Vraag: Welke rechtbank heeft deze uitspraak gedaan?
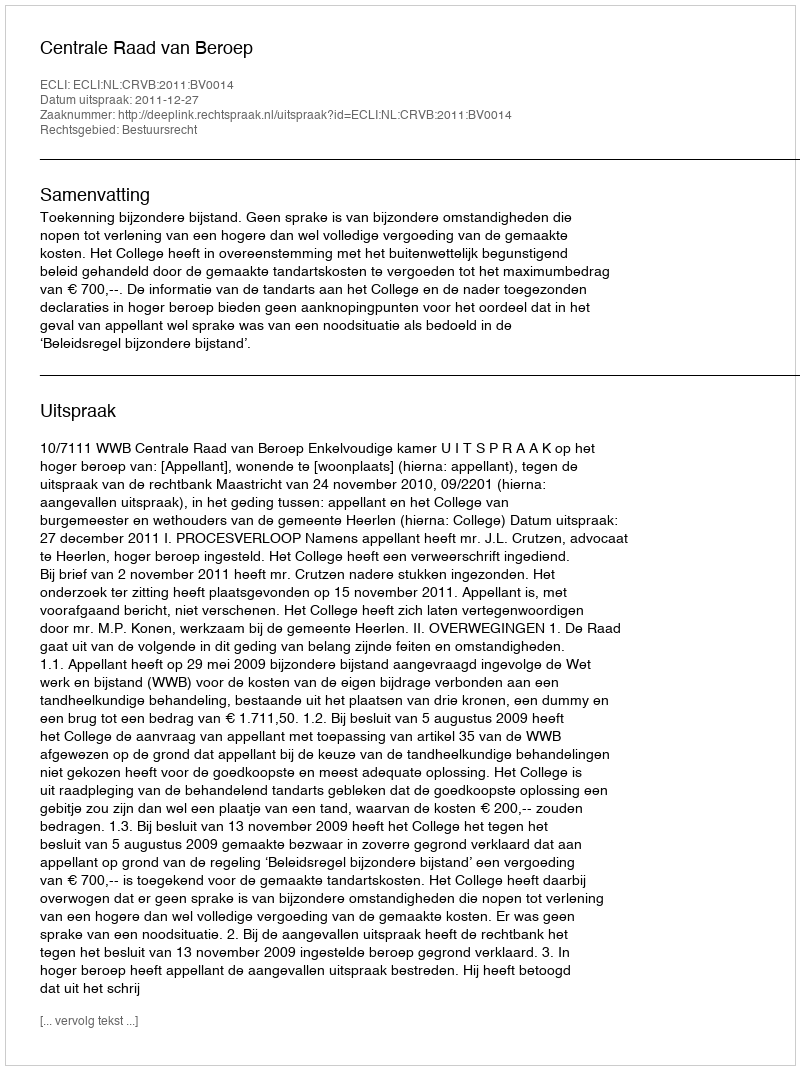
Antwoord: Centrale Raad van Beroep